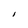
Character: I